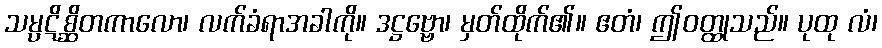
သမ္ပဋိစ္ဆိတကာလော၊ လက်ခံရာအခါကို။ ဒဋ္ဌဗ္ဗော၊ မှတ်ထိုက်၏။ ဧတံ၊ ဤဝတ္ထုသည်။ ပုထု လံ၊